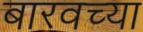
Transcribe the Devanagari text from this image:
बारवच्या